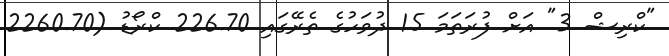
"ކްރިޝް 3" އަށް ފުރަތަމަ 15 ދުވަހުގެ ތެރޭގައި 226.70 ކްރޯޑު (2260.70